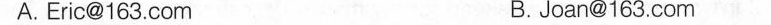
A. Eric@163.Com B.Joan@163.Com